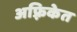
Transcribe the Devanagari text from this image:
अफ़्रिकेत